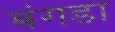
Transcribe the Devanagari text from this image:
बंगडा